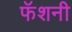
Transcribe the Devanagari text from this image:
फॅशनी